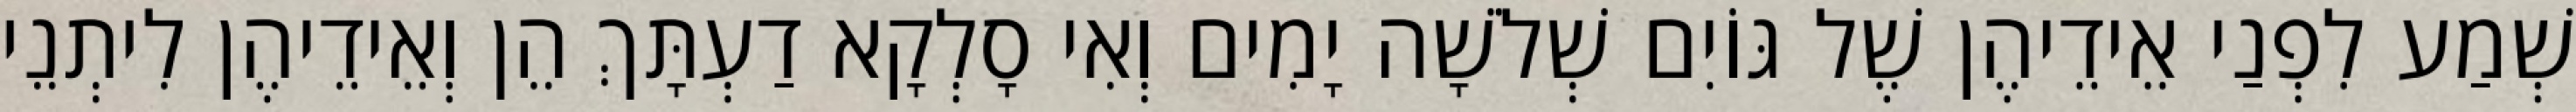
שְׁמַע לִפְנַי אֵידֵיהֶן שֶׁל גּוֹיִם שְׁלֹשָׁה יָמִים וְאִי סָלְקָא דַעְתָּךְ הֵן וְאֵידֵיהֶן לִיתְנֵי